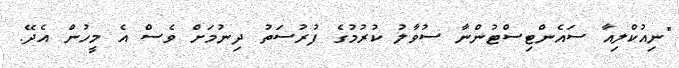
"ނިއުކްލިއާ ސައެންޓިސްޓުންނާ ސުވާލު ކުރުމުގެ ފުރުސަތު ދިނުމަށް ވެސް އެ މީހުން އެދޭ.